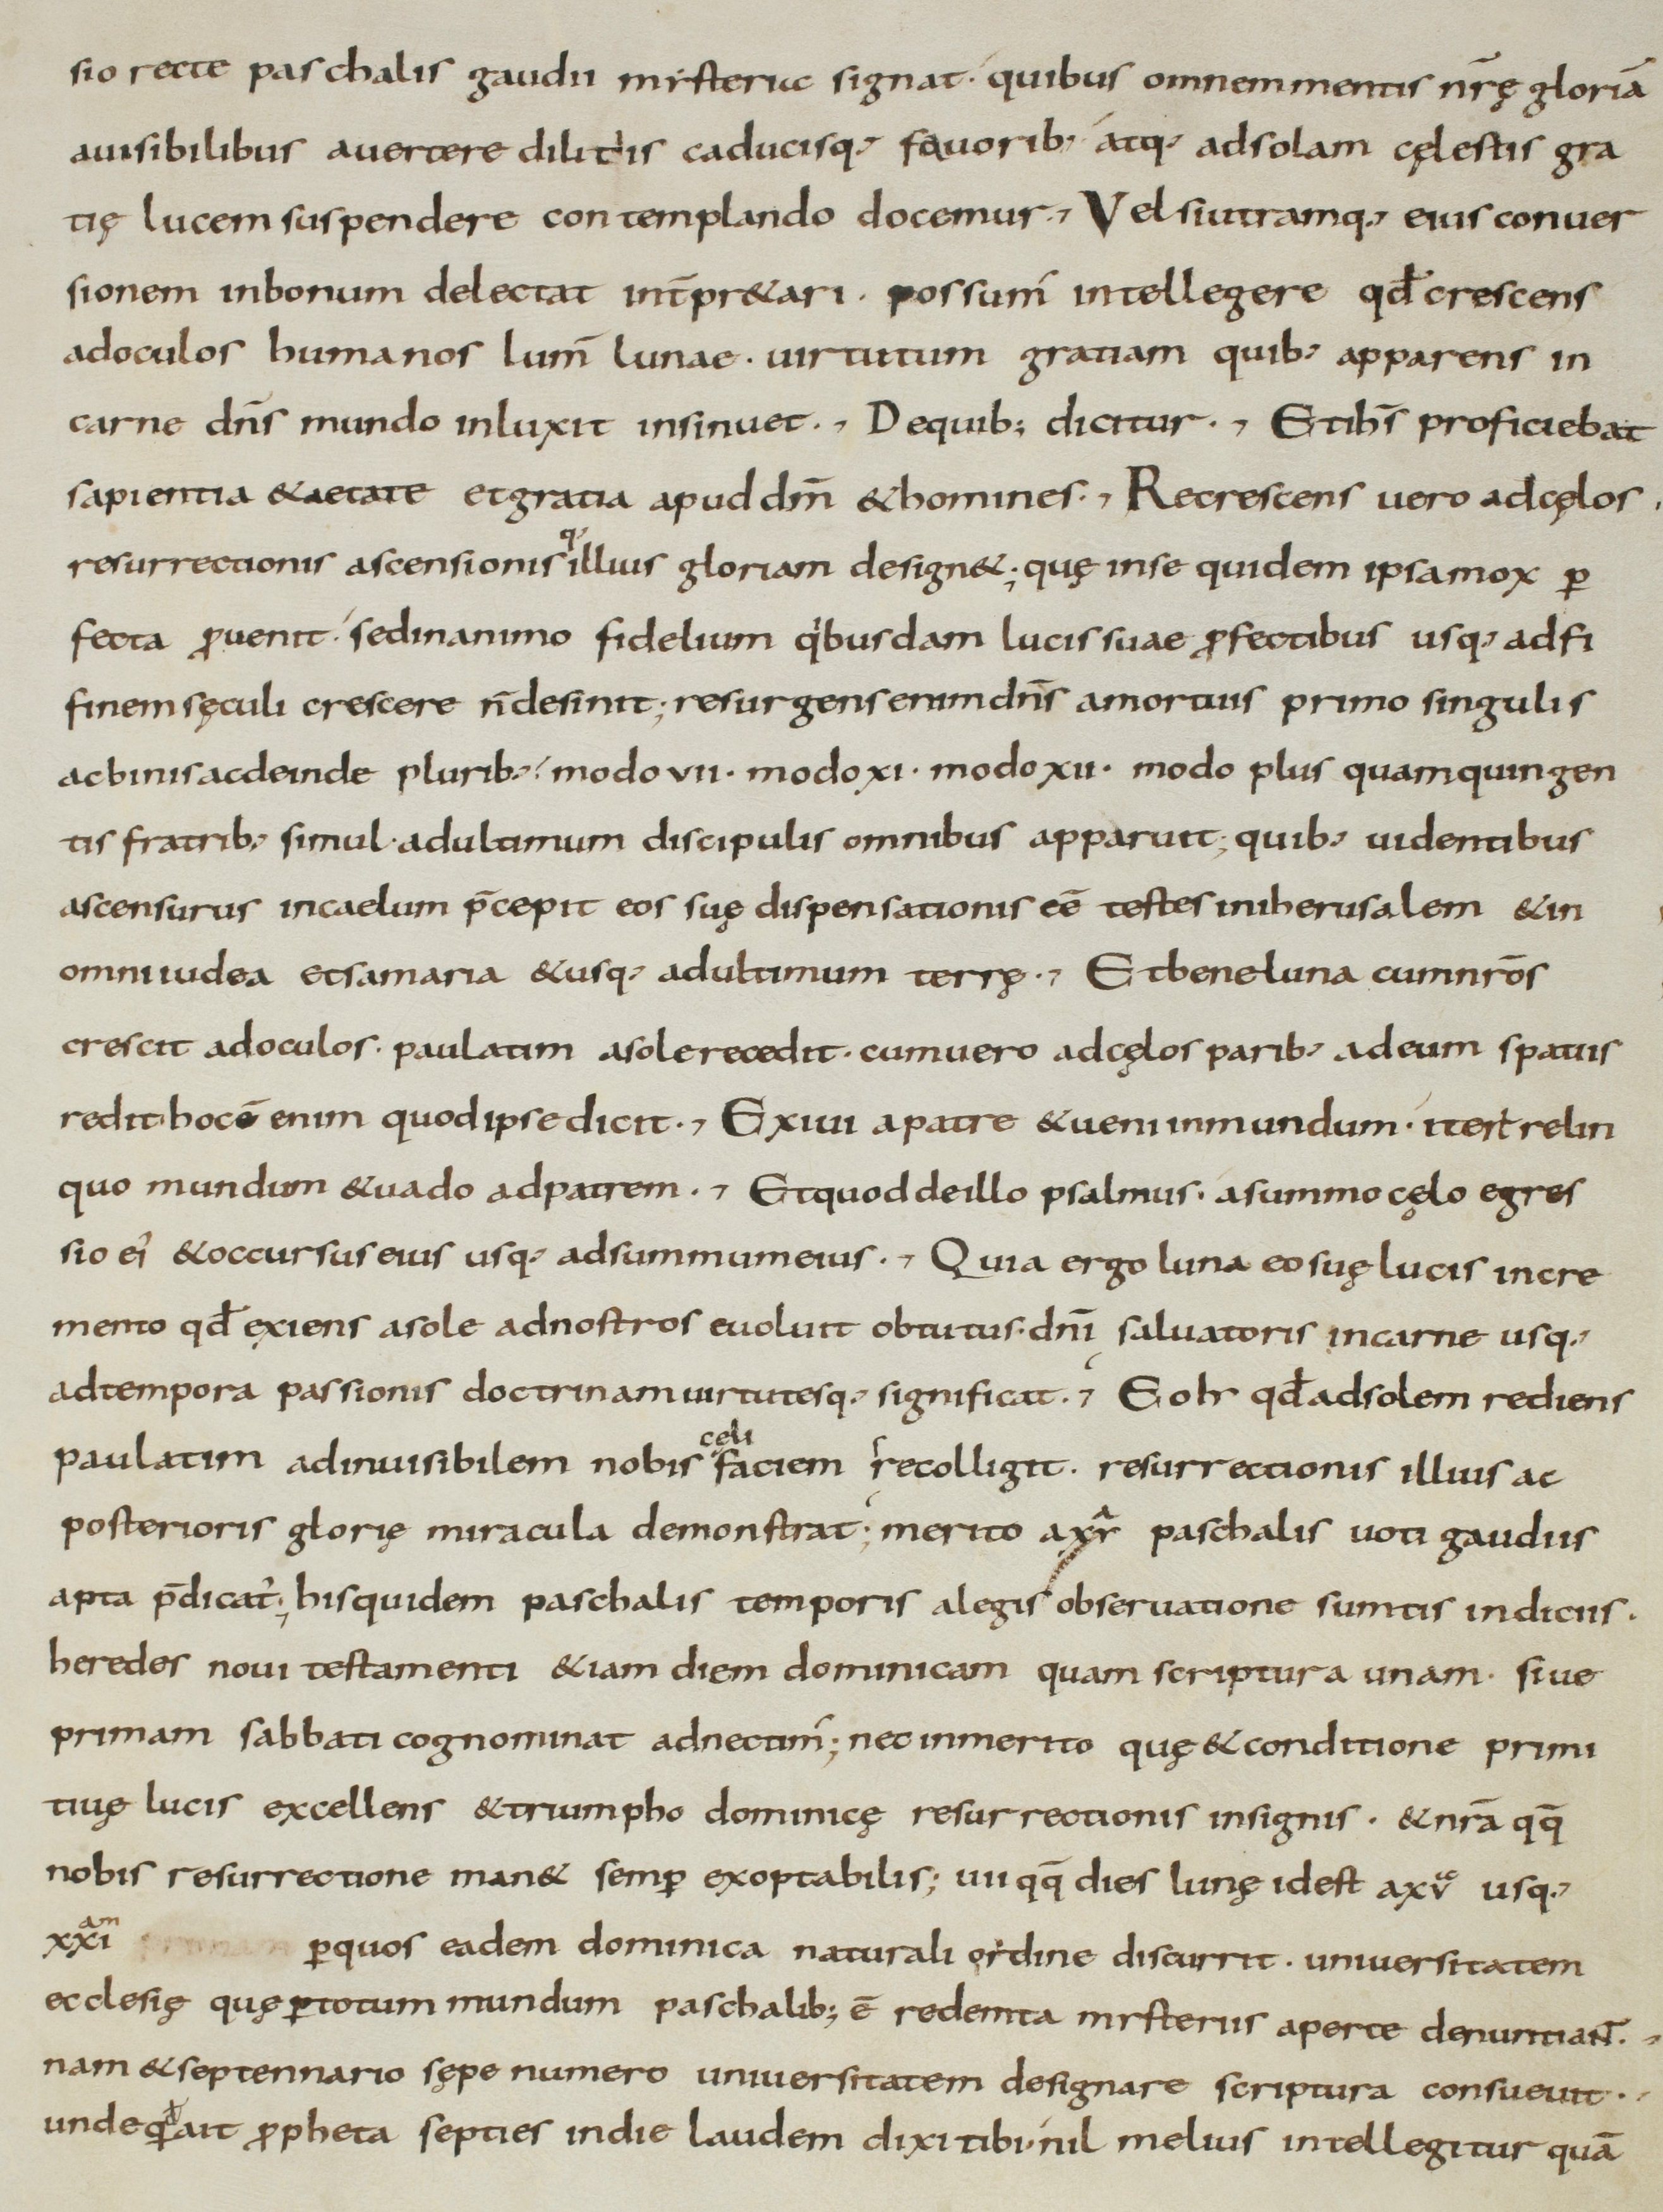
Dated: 800–899